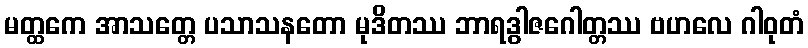
မတ္ထကေ အာသတ္တေ ပသာသနတော မုဒိတဿ ဘာရဒွါဇဂေါတ္တဿ ဗဟလေ ဂါဝုတံ